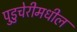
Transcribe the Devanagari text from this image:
पुडुचेरीमधील